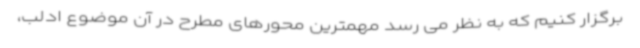
برگزار کنیم که به نظر می رسد مهمترین محورهای مطرح در آن موضوع ادلب،